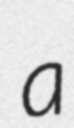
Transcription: a